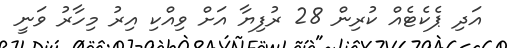
އަދި ޕެކެޓެއް ކުރިން 28 ރުފިޔާ އަށް ވިއްކި އިރު މިހާރު ވަނީ